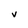
Character: v